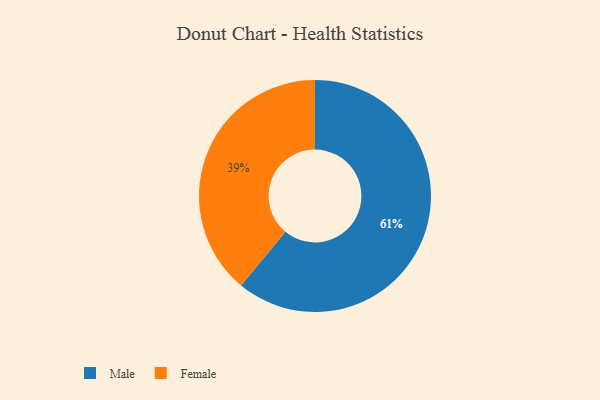
{"axis": {"x": "Category", "y": "Percentage"}, "legend": ["Female", "Male"], "data": [{"x": "Female", "y": 39, "type": "Female"}, {"x": "Male", "y": 61, "type": "Male"}]}